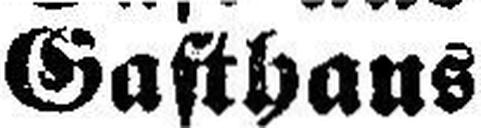
Gasthaus